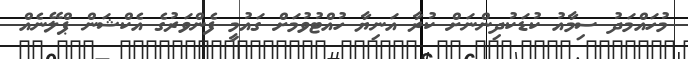
މުހައްމަދު ސިމާއު ކުޑަކުދިންނަށް ކުރާ އަނިޔާ ހުއްޓުވުމަށް ގައުމީ ފެންވަރުގެ އެކްޝަން ޕްލޭނެއް